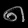
Digit: ၈